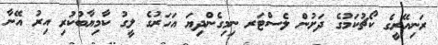
ރަނިއޭރީގެ ކޯޗުކަމުގެ ދަށުން ލެސްޓަރ ނިމިގެންދިޔަ އަހަރުގެ ލީގު ކާމިޔާބުކުރި އިރު އޭނާ